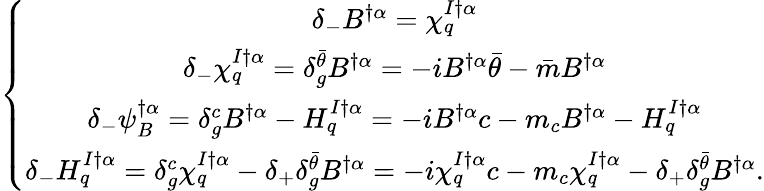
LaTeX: \left\{ \begin{array}{c}{{\delta_{-}B^{\dagger\alpha}=\chi_{q}^{I\dagger\alpha}}}\\ {{\delta_{-}\chi_{q}^{I\dagger\alpha}=\delta_{g}^{\bar{\theta}}B^{\dagger\alpha}=-iB^{\dagger\alpha}{\bar{\theta}}-{\bar{m}}B^{\dagger\alpha}}}\\ {{\delta_{-}\psi_{B}^{\dagger\alpha}=\delta_{g}^{c}B^{\dagger\alpha}-H_{q}^{I\dagger\alpha}=-iB^{\dagger\alpha}c-m_{c}B^{\dagger\alpha}-H_{q}^{I\dagger\alpha}}}\\ {{\delta_{-}H_{q}^{I\dagger\alpha}=\delta_{g}^{c}\chi_{q}^{I\dagger\alpha}-\delta_{+}\delta_{g}^{\bar{\theta}}B^{\dagger\alpha}=-i\chi_{q}^{I\dagger\alpha}c-m_{c}\chi_{q}^{I\dagger\alpha}-\delta_{+}\delta_{g}^{\bar{\theta}}B^{\dagger\alpha}.}}\end{array}\right.